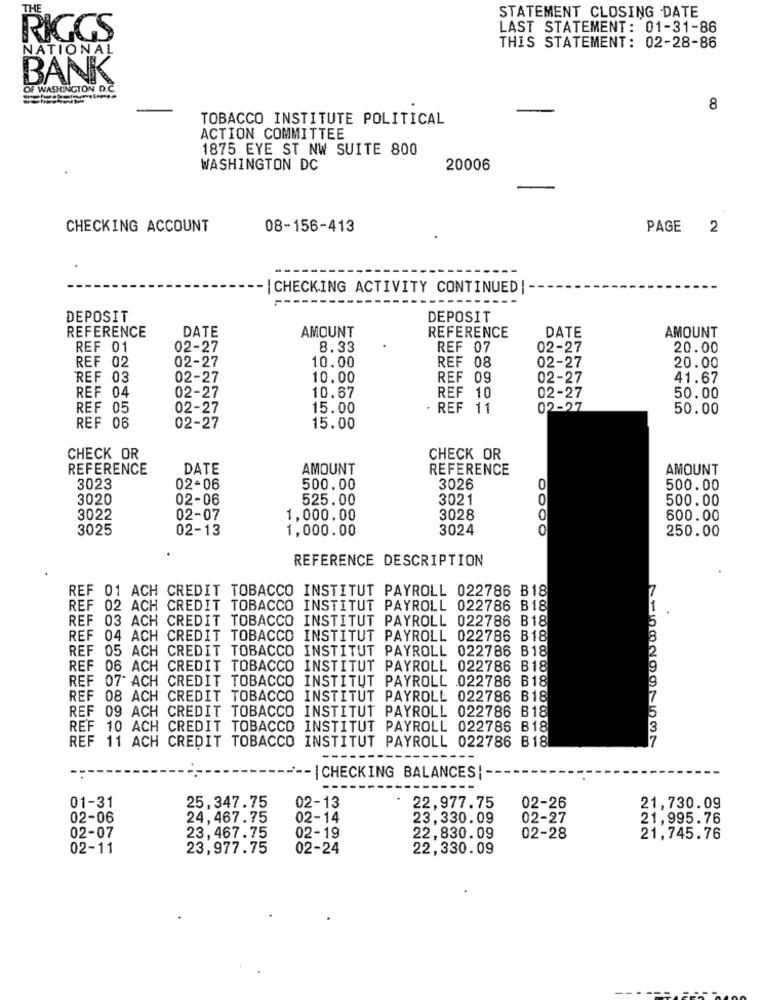
THE
STATEMENT CLOSING DATE
LAST STATEMENT: 01-31-86
RIGGS
NATIONAL
THIS STATEMENT: 02-28-86
BANK
OF WASHINGTON D.C.
====-
8
TOBACCO INSTITUTE POLITICAL
ACTION COMMITTEE
1875 EYE ST NW SUITE 800
WASHINGTON DC
20006
CHECKING ACCOUNT
08-156-413
PAGE 2
|CHECKING ACTIVITY CONTINUED| -
DEPOSIT
DEPOSIT
REFERENCE
REFERENCE
AMOUNT
DATE
AMOUNT
DATE
REF 01
02-27
8.33
REF 07
02-27
20.00
REF 02
02-27
02-27
10.00
REF 08
20.00
REF 03
02-27
10.00
REF 09
02-27
41.67
REF 04
02-27
10.67
REF 10
02-27
50.00
REF 05
02-27
15.00
· REF 11
02-27
50.00
REF 06
02-27
15.00
CHECK OR
CHECK OR
REFERENCE
DATE
AMOUNT
REFERENCE
AMOUNT
3023
02-06
500.00
3026
0
500.00
3020
02-06
525.00
3021
500.00
3022
02-07
1,000.00
3028
O
600.00
3025
02-13
1,000.00
3024
0
250.00
REFERENCE DESCRIPTION
REF 01 ACH CREDIT TOBACCO INSTITUT PAYROLL 022786 B18
REF 02 ACH CREDIT TOBACCO INSTITUT PAYROLL 022786 B18
REF 03 ACH CREDIT TOBACCO INSTITUT PAYROLL 022786 B18
REF 04 ACH CREDIT TOBACCO INSTITUT PAYROLL 022786 B18
REF 05 ACH CREDIT TOBACCO INSTITUT PAYROLL 022786 B18
REF 06 ACH CREDIT TOBACCO INSTITUT PAYROLL 022786 B18
REF 07- ACH CREDIT TOBACCO
INSTITUT PAYROLL 022786 B18
REF 08 ACH CREDIT TOBACCO INSTITUT PAYROLL 022786 B18
REF 09 ACH CREDIT TOBACCO INSTITUT PAYROLL 022786 B18
REF 10 ACH CREDIT TOBACCO INSTITUT PAYROLL 022786 B18
REF 11 ACH CREDIT TOBACCO INSTITUT PAYROLL 022786 B18
-- | CHECKING BALANCES! -
01-31
25,347.75
02-13
22,977.75
02-26
21,730.09
02-06
24,467.75
02-14
23.330.09
02-27
21,995.76
02-07
23,467.75
02-19
22,830.09
02-28
21,745.76
02-11
23,977.75
02-24
22,330.09